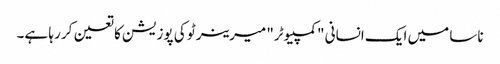
ناسا میں ایک انسانی "کمپیوٹر" میرینر ٹو کی پوزیشن کا تعین کر رہا ہے۔